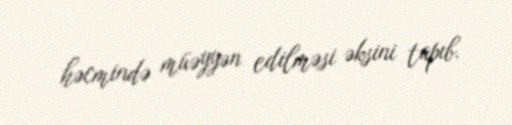
həcmində müəyyən edilməsi əksini tapıb.